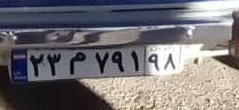
۲۳م۷۹۱۹۸